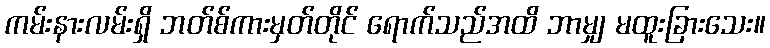
ကမ်းနားလမ်းရှိ ဘတ်စ်ကားမှတ်တိုင် ရောက်သည်အထိ ဘာမျှ မထူးခြားသေး။